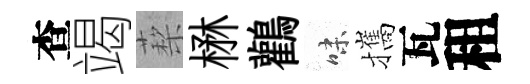
查竭蔾楙鸛味攜瓦租